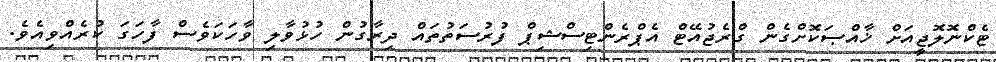
ޓެކްނޮލޮޖީއަށް ޚާއްޞަކޮށްގެން ގްރެޖުއޭޓް އެޕްރެންޓިސްޝިޕް ފުރުސަތުތައް ދިރާގުން ހުޅުވާލި ވާހަކަވެސް ފާހަގަ ކުރެއްވިއެވެ.